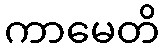
ကာမေတိ